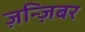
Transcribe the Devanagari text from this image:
ज़न्ज़िबर